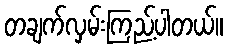
တချက်လှမ်းကြည့်ပါတယ်။